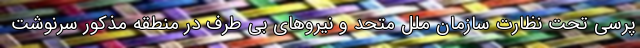
پرسی تحت نظارت سازمان ملل متحد و نیرو‌های بی طرف در منطقه مذکور سرنوشت